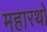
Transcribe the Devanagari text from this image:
महारथो